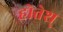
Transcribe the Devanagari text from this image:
होतेश्